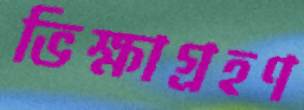
ভিক্ষাগ্রহণ